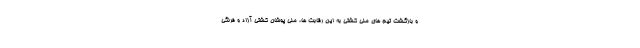
و بازگشت تیم های ملی کشتی به این رقابت ها، ملی پوشان کشتی آزاد و فرنگی